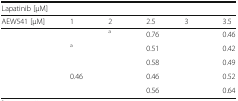
<table><thead><tr><td colspan="6"><b>Lapatinib [μM]</b></td></tr><tr><td><b>AEW541 [μM]</b></td><td><b>1</b></td><td><b>2</b></td><td><b>2.5</b></td><td><b>3</b></td><td><b>3.5</b></td></tr></thead><tbody><tr><td>[EMPTY_CELL]</td><td>[EMPTY_CELL]</td><td><sup>a</sup></td><td>0.76</td><td>[EMPTY_CELL]</td><td>0.46</td></tr><tr><td>[EMPTY_CELL]</td><td><sup>a</sup></td><td>[EMPTY_CELL]</td><td>0.51</td><td>[EMPTY_CELL]</td><td>0.42</td></tr><tr><td>[EMPTY_CELL]</td><td>[EMPTY_CELL]</td><td>[EMPTY_CELL]</td><td>0.58</td><td>[EMPTY_CELL]</td><td>0.49</td></tr><tr><td>[EMPTY_CELL]</td><td>0.46</td><td>[EMPTY_CELL]</td><td>0.46</td><td>[EMPTY_CELL]</td><td>0.52</td></tr><tr><td>[EMPTY_CELL]</td><td>[EMPTY_CELL]</td><td>[EMPTY_CELL]</td><td>0.56</td><td>[EMPTY_CELL]</td><td>0.64</td></tr></tbody></table>